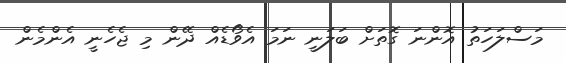
މަސްލަހަތު އޮންނަ ގޮތަށް ބަލަނީ ނަމަ އެވޯޑެއް ދޭން މި ޖެހެނީ އެންމެން